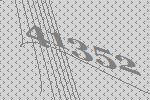
41352